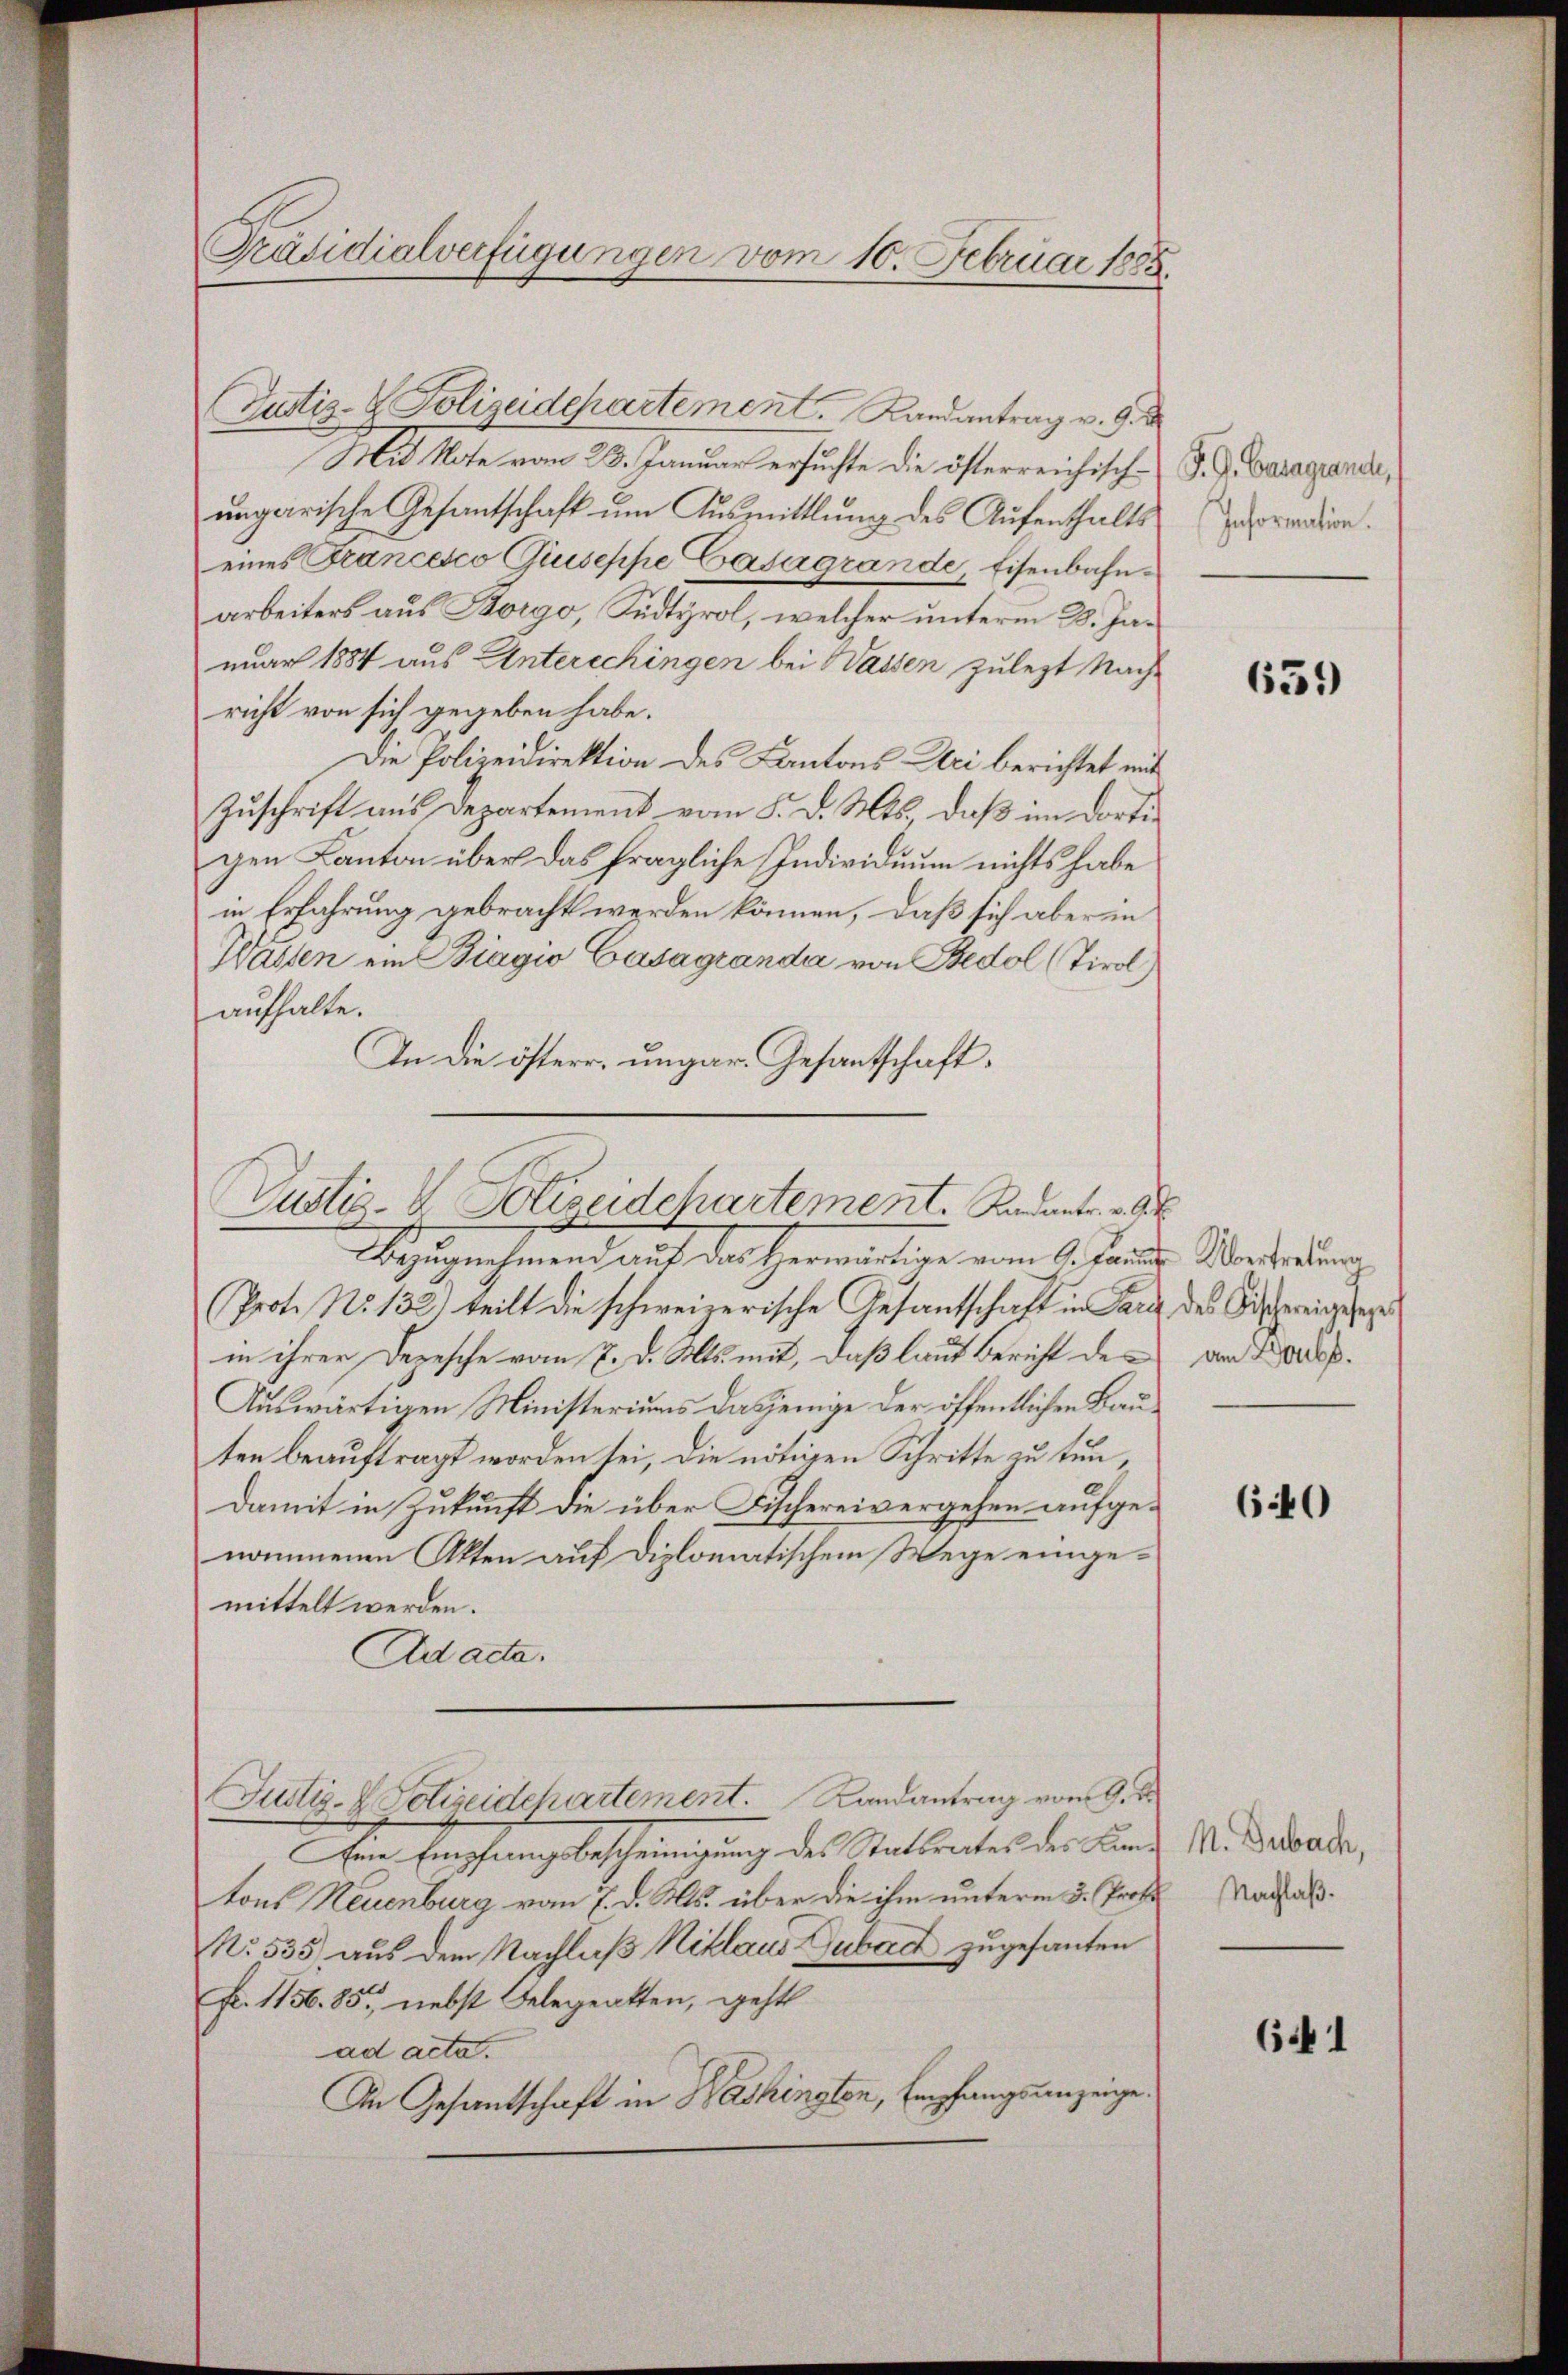
Präsidialverfügungen vom 10. Februar 1885.

Rustiz- & Polizeidepartement. Landantrag v. 9.
Mit Note vom 23. Januar ersuchte die österreichischŭngarische Gesantschaft ŭm Aŭsmittlung des Aŭfenthalts-
eines Francesco Giuseppe Casagrande, Eisenbahnarbeiters aus Borgo, Südtyrol, welcher unterm 28. Januar 1884 aus Unterechingen bei Wassen zulezt Nachricht von sich gegeben habe.
Die Polizeidirektion des Kantons Dei berichtet mit
Zuschrift aus Departement vom 5. d. Mts., daß im dortigen Kanton über das fragliche Individuum nichts habe
in Erfahrung gebracht werden können, daß sich aber in
Wasten ein Biagio Casagranda von Bedol (Tirol)
aufhalte.
In die österr. ungar. Gesantschaft.
Abegegnehmend mit der herwärtige am Alteres Morderten
Prot. No 132) teilt die schweizerische Gesantschaft in Laue des Fischereinssege
in ihrer Depesche vom 7. d. Mts. mit, daß laut Bericht der am Dop
Auswärtigen Ministeriums dasjenige der öffentlichen Bauten beauftragt worden sei, die nötigen Schritte zu tun,
Damit in Zukunft die über Fischereivergehen aufgenommenen Akten auf diplomatischem Wege eingemittelt werden.
Ad acte.
Justiz- & Polizeidchartement. Landantrag vom 9. d.
En Eichungsbescheinigung des Stattentes der Land. M. das ander,
tons Neuenburg vom 7. d. Mts. über die ihm unterm 3. Prof.
No. 535 aus dem Nachlaß Niklaus Gubach zugesanten
Fr. 1156. 85. nebst Belegatten, geht
ad acta.
In Gesantschaft in Washingten, Empfangsanzeige.

Justiz- & Polizeidchartement. Randanter v.

P. G. Caragrandle,
Information.

651

640

Nachlaß.

6.1